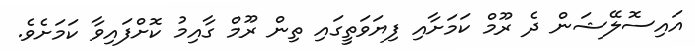
އައިސޮލޭޝަން ދެ ރޫމް ކަމަށާއި ފިޔަވަތީގައި ތިން ރޫމް ގާއިމު ކޮށްފައިވާ ކަމަށެވެ.